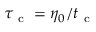
\tau _ { \mathrm { ~ c ~ } } = \eta _ { 0 } / t _ { \mathrm { ~ c ~ } }